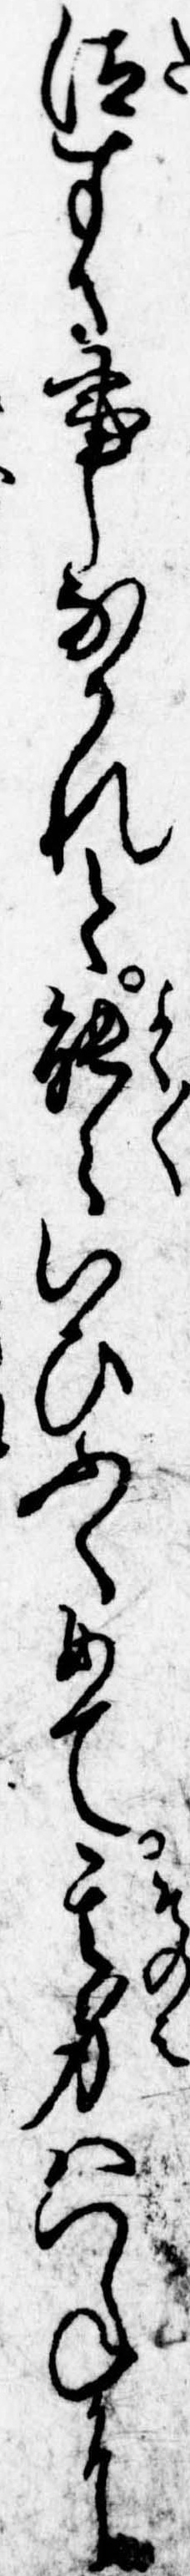
汰する事なかれと能々いひふくめて其身はつねに